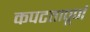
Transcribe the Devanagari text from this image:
कपटतापूर्ण